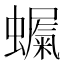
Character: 𮕇